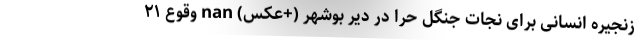
زنجیره انسانی برای نجات جنگل حرّا در دَیّر بوشهر (+عکس) nan وقوع ۲۱